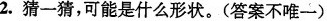
2.猜一猜，可能是什么形状。(答案不唯一)